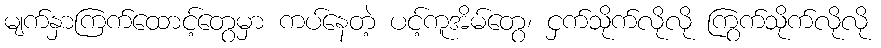
မျက်နှာကြက်ထောင့်တွေမှာ ကပ်နေတဲ့ ပင့်ကူအိမ်တွေ၊ ငှက်သိုက်လိုလို ကြွက်သိုက်လိုလို